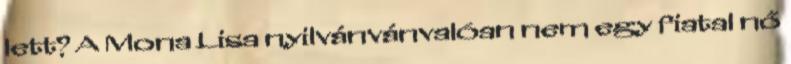
lett? A Mona Lisa nyilvánvánvalóan nem egy fiatal nő